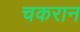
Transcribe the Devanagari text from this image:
चकरान